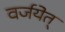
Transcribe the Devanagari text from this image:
वर्जयेत्